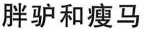
胖驴和瘦马